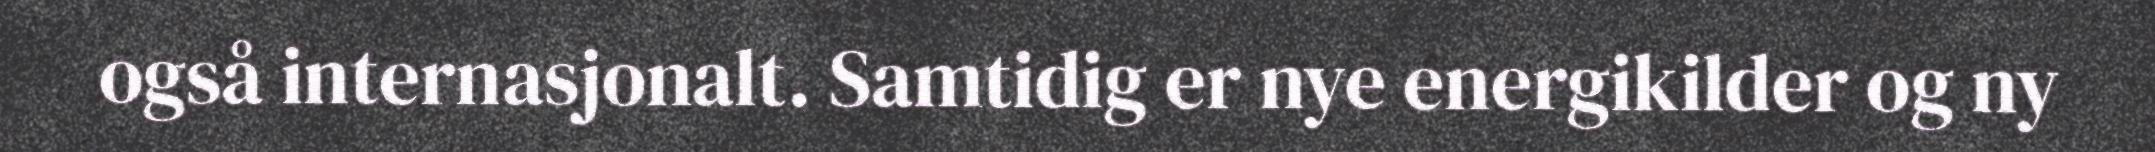
også internasjonalt. Samtidig er nye energikilder og ny